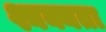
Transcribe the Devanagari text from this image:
श्यक्यता